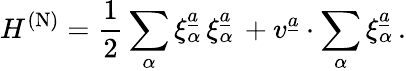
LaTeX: H^{\mathrm{(N)}}={\frac{1}{2}}\sum_{\alpha}\xi_{\alpha}^{\underline{{{a}}}}\, \xi_{\alpha}^{\underline{{{a}}}}\, +v^{\underline{{{a}}}}\cdot\sum_{\alpha}\xi_{\alpha}^{\underline{{{a}}}}\, .